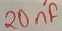
Text: 20nF